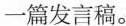
一篇发言稿。